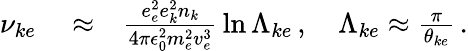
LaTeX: \begin{array}{rlr}{\nu_{ke}}&{{}\approx}&{\frac{e_{e}^{2}e_{k}^{2}n_{k}}{4\pi\epsilon_{0}^{2}m_{e}^{2}v_{e}^{3}}\, \ln\Lambda_{ke}\, ,\quad\Lambda_{ke}\approx\frac{\pi}{\theta_{ke}}\, .}\end{array}